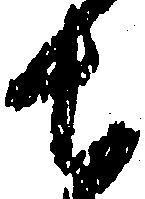
ち